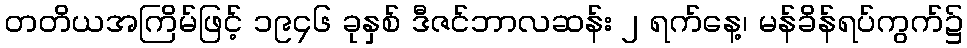
တတိယအကြိမ်ဖြင့် ၁၉၄၆ ခုနှစ် ဒီဇင်ဘာလဆန်း ၂ ရက်နေ့၊ မန်ခိန်ရပ်ကွက်၌